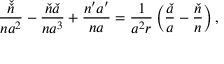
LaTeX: \frac { \check { \check { n } } } { n a ^ { 2 } } - \frac { \check { n } \check { a } } { n a ^ { 3 } } + \frac { n ^ { \prime } a ^ { \prime } } { n a } = \frac { 1 } { a ^ { 2 } r } \left( \frac { \check { a } } { a } - \frac { \check { n } } { n } \right) ,